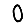
Digit: 0